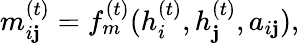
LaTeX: {m}_{i\mathbf{j}}^{(t)}=f_{m}^{(t)}(h_{i}^{(t)},h_{\mathbf{j}}^{(t)},a_{i\mathbf{j}}),